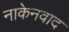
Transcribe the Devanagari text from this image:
नाकेनवाद